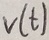
Text: V(t)